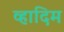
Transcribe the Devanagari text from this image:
व्हादिम